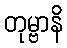
တုမ္ဗာနိ